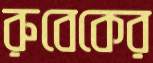
রুবেকের